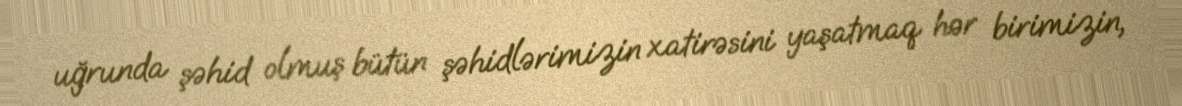
uğrunda şəhid olmuş bütün şəhidlərimizin xatirəsini yaşatmaq hər birimizin,